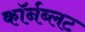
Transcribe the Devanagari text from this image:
कॉर्नब्लट